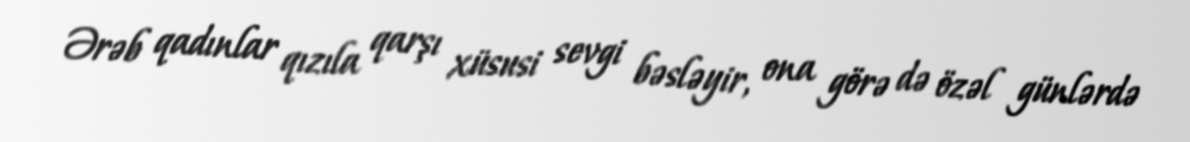
Ərəb qadınlar qızıla qarşı xüsusi sevgi bəsləyir, ona görə də özəl günlərdə